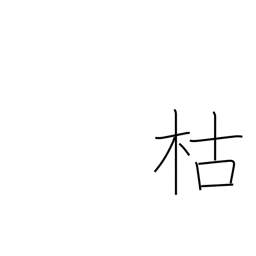
Meaning: die